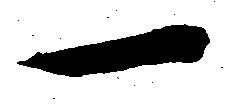
一